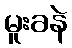
မူးခနဲ